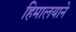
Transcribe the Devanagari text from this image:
हिमालयाने